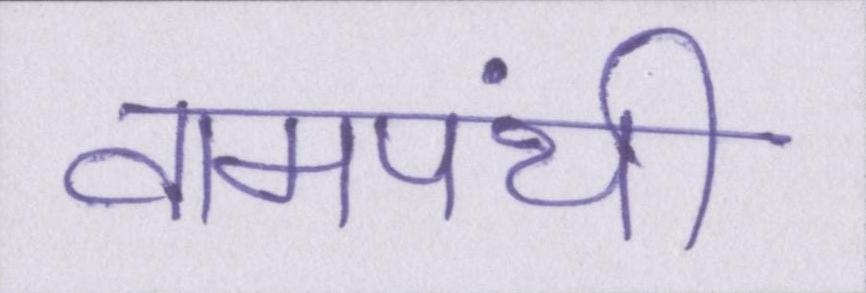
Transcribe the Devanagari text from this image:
वामपंथी